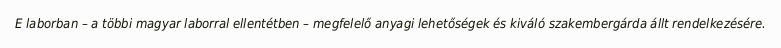
E laborban – a többi magyar laborral ellentétben – megfelelő anyagi lehetőségek és kiváló szakembergárda állt rendelkezésére.